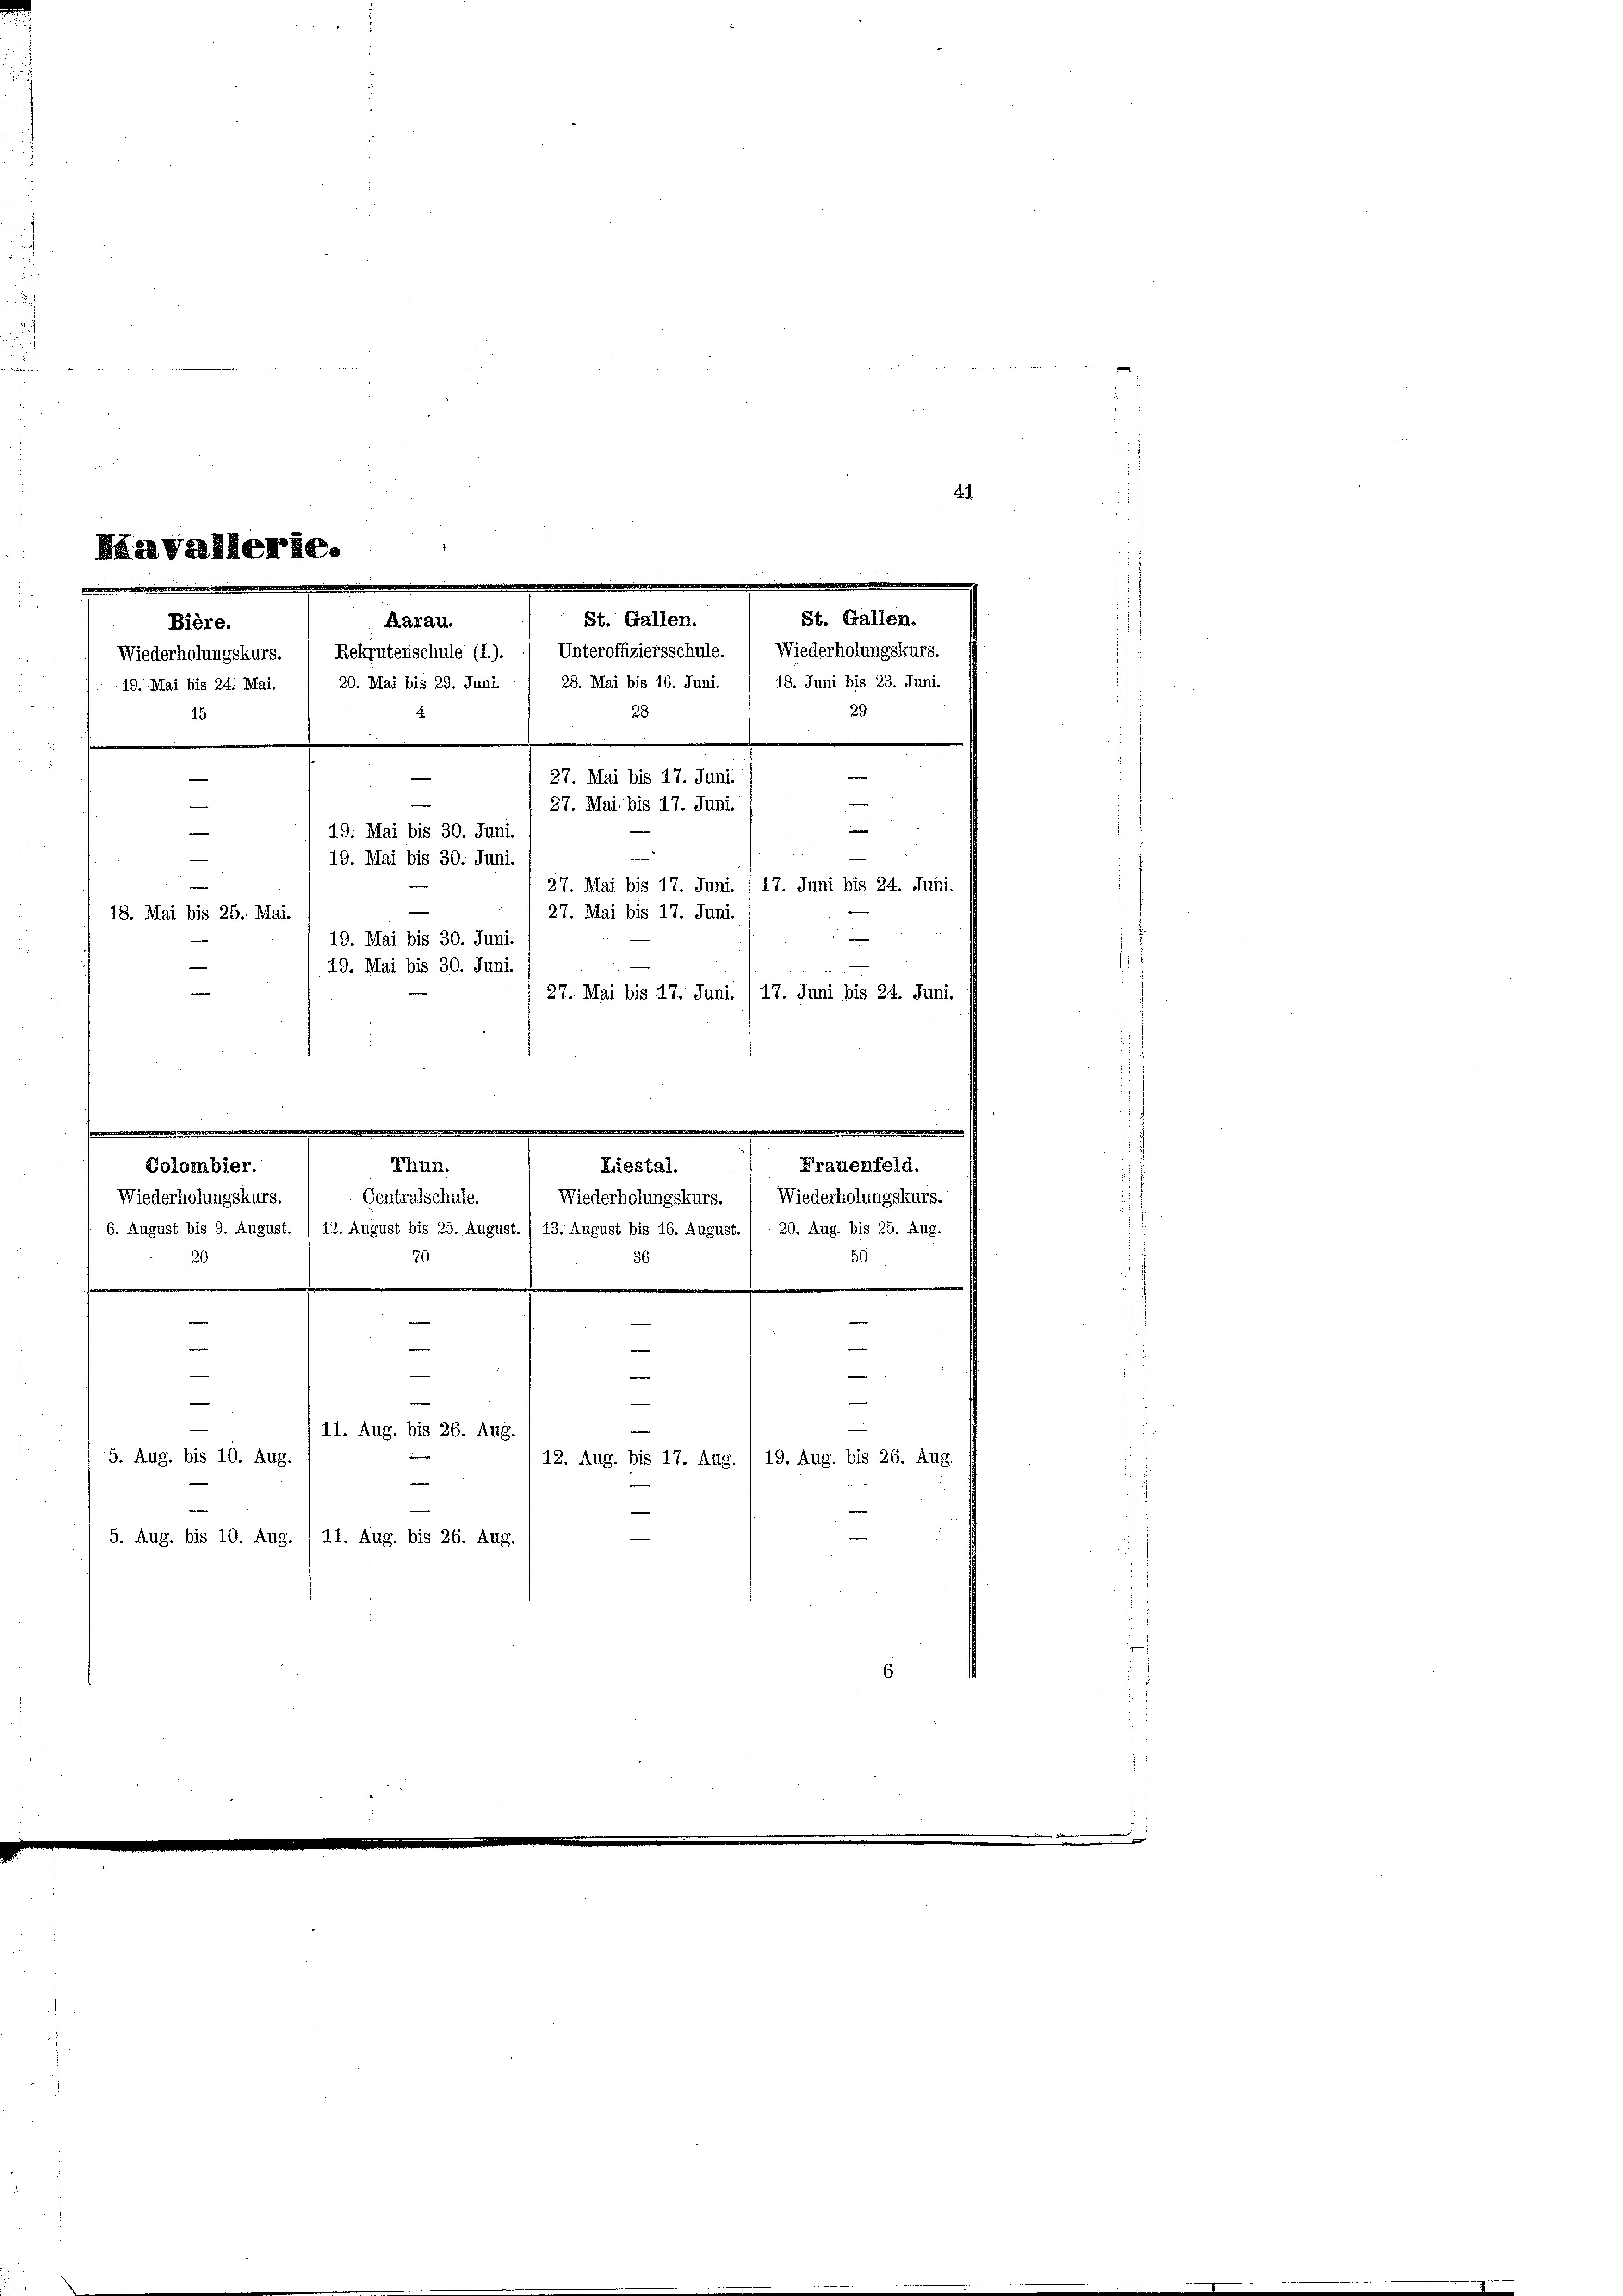
27. Mai bis 17. Juni.
18. Mai bis 25. Mai.
19. Mai bis 30. Juni.
e
49. Mai bis 30. Juni.

27. Mai bis 17. Juni. /17. Juni bis 24. Juni.

davallerie.
St. Gallen.
St. Gallen.
Aarau.
Wiederholungskurs. " Rekrutenschule (I.). 1 Unteroffiziersschule.  Wiederholungskurs.
19. Mai bis 24. Mai. / 20. Mai bis 29. Juni. / 28. Mai bis 16. Juni. 1 18. Juni bis 23. Juni.
29
28
e
e
27. Mai bis 17. Juni.
e
e
27. Mai bis 17. Juni.
—
e
19. Mai bis 30. Juni.
e
19. Mai bis 30. Juni.
27. Mai bis 17. Juni. /17. Juni bis 24. Juni.

Bière.
15

.
Frauenfeld.
Colombier.
Wiederholungskurs. 1 Wiederholungskurs.
Wiederholungskurs.
6. August bis 9. August. /12. August bis 25. August. / 13. August bis 16. August. / 20. Aug. bis 25. Aug.
50
20
36
70

.

.
Thun.
Liestal.
Centralschule.

e
11. Aug. bis 26. Aug.
5. Aug. bis 10. Aug.
—
5. Aug. bis 10. Aug. / 11. Aug. bis 26. Aug.

—
e
—

—

e
-

12. Aug. bis 17. Aug. 1 19. Aug. bis 26. Aug.
e